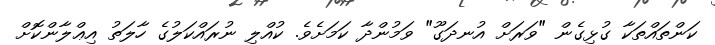
ކަންތައްތަކާ ގުޅިގެން "ވަރަށް އުނދަގޫ" ވަމުންދާ ކަމަށެވެ. ކުއްލި ނުރައްކަލުގެ ހާލަތު އިޢްލާންކޮށް